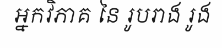
អ្នកវិភាគ នៃ រូបរាង រូង